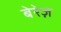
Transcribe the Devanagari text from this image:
बेरेज़